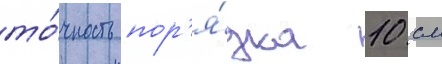
то́чность пор'я́дка 10 см